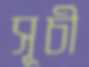
সূচী